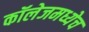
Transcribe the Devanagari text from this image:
कॉलेजमध्येच